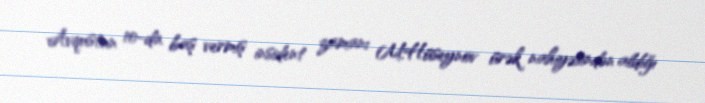
Avqustun 10-da baş vermiş insident zamanı M.Hüseynov ürək nahiyəsindən aldığı